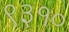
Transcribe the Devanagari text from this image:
९३१०